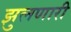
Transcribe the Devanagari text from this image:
झुलणारी